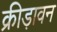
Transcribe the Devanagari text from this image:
क्रीड़ावन